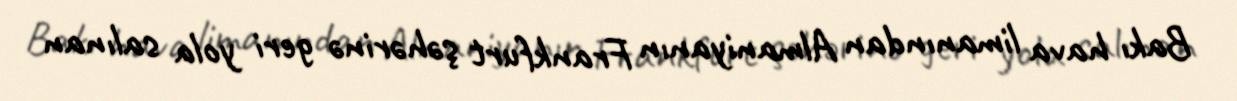
Bakı hava limanından Almaniyanın Frankfurt şəhərinə geri yola salınan